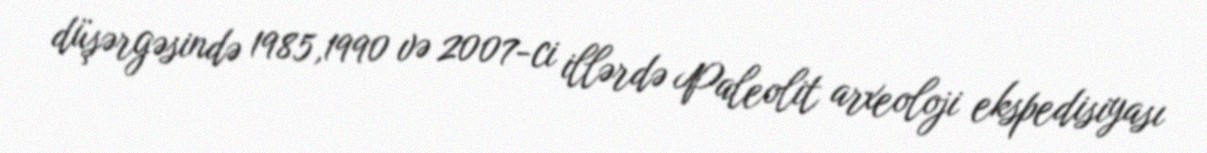
düşərgəsində 1985,1990 və 2007-ci illərdə Paleolit arxeoloji ekspedisiyası